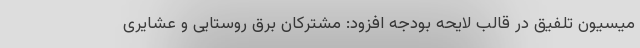
میسیون تلفیق در قالب لایحه بودجه افزود: مشترکان برق روستایی و عشایری